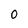
Character: 0